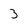
Character: 3